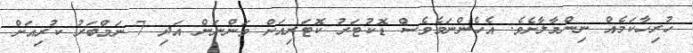
ހުރިހާކަމެއް ނިންމާލާށެވެ. އެހެންނަމެވެސް ޑޮކުޓަރު ކޮޓަރިއަށް ވަންނަން އަދި 7 ނަމްބަރު ކުރިއަށް